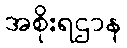
အစိုးရဌာန